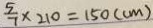
\frac { 5 } { 7 } \times 2 1 0 = 1 5 0 ( c m )